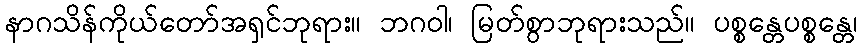
နာဂသိန်ကိုယ်တော်အရှင်ဘုရား။ ဘဂဝါ၊ မြတ်စွာဘုရားသည်။ ပစ္စန္တေပစ္စန္တေ၊